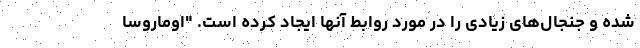
شده و جنجال‌های زیادی را در مورد روابط آنها ایجاد کرده است. "اوماروسا